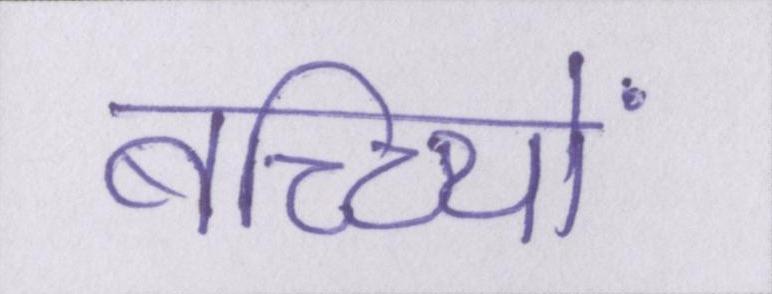
बच्च्यिों